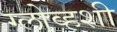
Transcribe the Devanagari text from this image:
ग्लोव्हशी